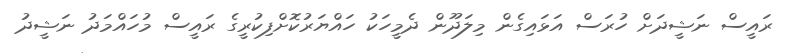
ރައީސް ނަޝީދަށް ހުރަސް އަޅައިގެން މިލަދޫން ދެމީހަކު ހައްޔަރުކޮށްފިކުރީގެ ރައީސް މުހައްމަދު ނަޝީދު